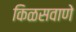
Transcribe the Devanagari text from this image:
किळसवाणे